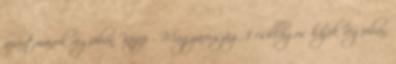
apartmanok régióban Közép - Magyarország 3 csillagos hajók régióban